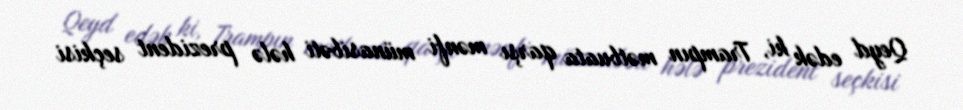
Qeyd edək ki, Trampın mətbuata qarşı mənfi münasibəti hələ prezident seçkisi